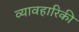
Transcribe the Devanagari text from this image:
व्यावहारिकी